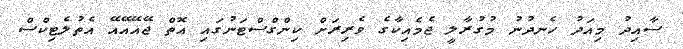
ސާއިދު މިއަދު ހެނދުނު މުގުރާލީ ޖެމެއިކާގެ ވެރިރަށް ކިންގްސްޓަނުގައި އޮތް ޖޭއޭއޭއޭ އެތުލެޓިކްސް